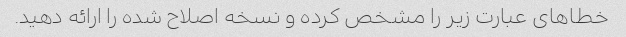
خطاهای عبارت زیر را مشخص کرده و نسخه اصلاح شده را ارائه دهید.